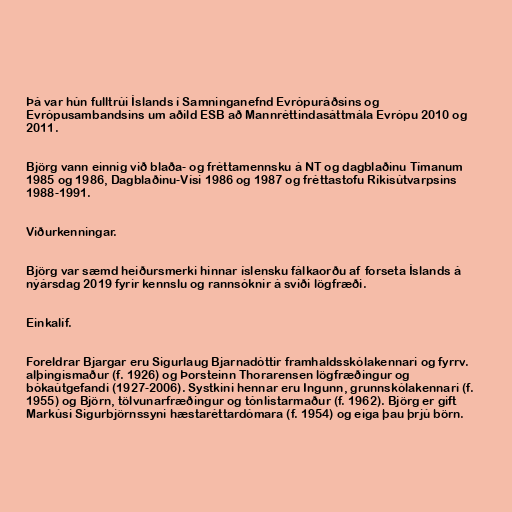
Þá var hún fulltrúi Íslands í Samninganefnd Evrópuráðsins og
Evrópusambandsins um aðild ESB að Mannréttindasáttmála Evrópu 2010 og
2011.

Björg vann einnig við blaða- og fréttamennsku á NT og dagblaðinu Tímanum
1985 og 1986, Dagblaðinu-Vísi 1986 og 1987 og fréttastofu Ríkisútvarpsins
1988-1991.

Viðurkenningar.

Björg var sæmd heiðursmerki hinnar íslensku fálkaorðu af forseta Íslands á
nýársdag 2019 fyrir kennslu og rannsóknir á sviði lögfræði.

Einkalíf.

Foreldrar Bjargar eru Sigurlaug Bjarnadóttir framhaldsskólakennari og fyrrv.
alþingismaður (f. 1926) og Þorsteinn Thorarensen lögfræðingur og
bókaútgefandi (1927-2006). Systkini hennar eru Ingunn, grunnskólakennari (f.
1955) og Björn, tölvunarfræðingur og tónlistarmaður (f. 1962). Björg er gift
Markúsi Sigurbjörnssyni hæstaréttardómara (f. 1954) og eiga þau þrjú börn.